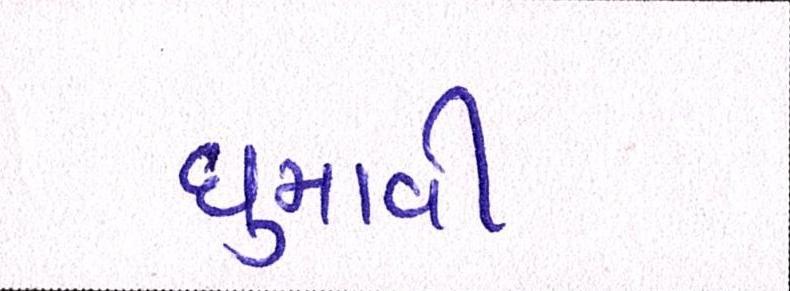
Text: ઘુમાવી